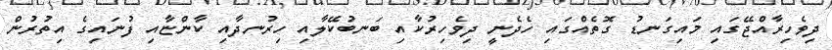
ދިވެހިރާއްޖޭގައި މައިގަނޑު ގޮތެއްގައި ހެދެނީ ދިވެހިރުކާއި ބަނބުކޭލާއި ހިރުނދާއި ކާންޏާއި ފުނައިގެ އިތުރުން